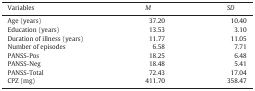
| Variables | M | SD |
 | --- | --- | --- |
 | Age (years) | 37.20 | 10.40 |
 | Education (years) | 13.53 | 3.10 |
 | Duration of illness (years) | 11.77 | 11.05 |
 | Number of episodes | 6.58 | 7.71 |
 | PANSS-Pos | 18.25 | 6.48 |
 | PANSS-Neg | 18.48 | 5.41 |
 | PANSS-Total | 72.43 | 17.04 |
 | CPZ (mg) | 411.70 | 358.47 |